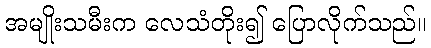
အမျိုးသမီးက လေသံတိုး၍ ပြောလိုက်သည်။